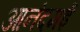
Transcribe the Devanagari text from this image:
आनंदमई